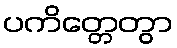
ပကိတ္တေတွာ